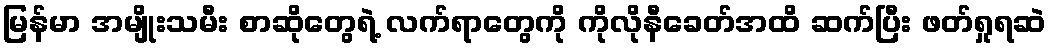
မြန်မာ အမျိုးသမီး စာဆိုတွေရဲ့ လက်ရာတွေကို ကိုလိုနီခေတ်အထိ ဆက်ပြီး ဖတ်ရှုရဆဲ